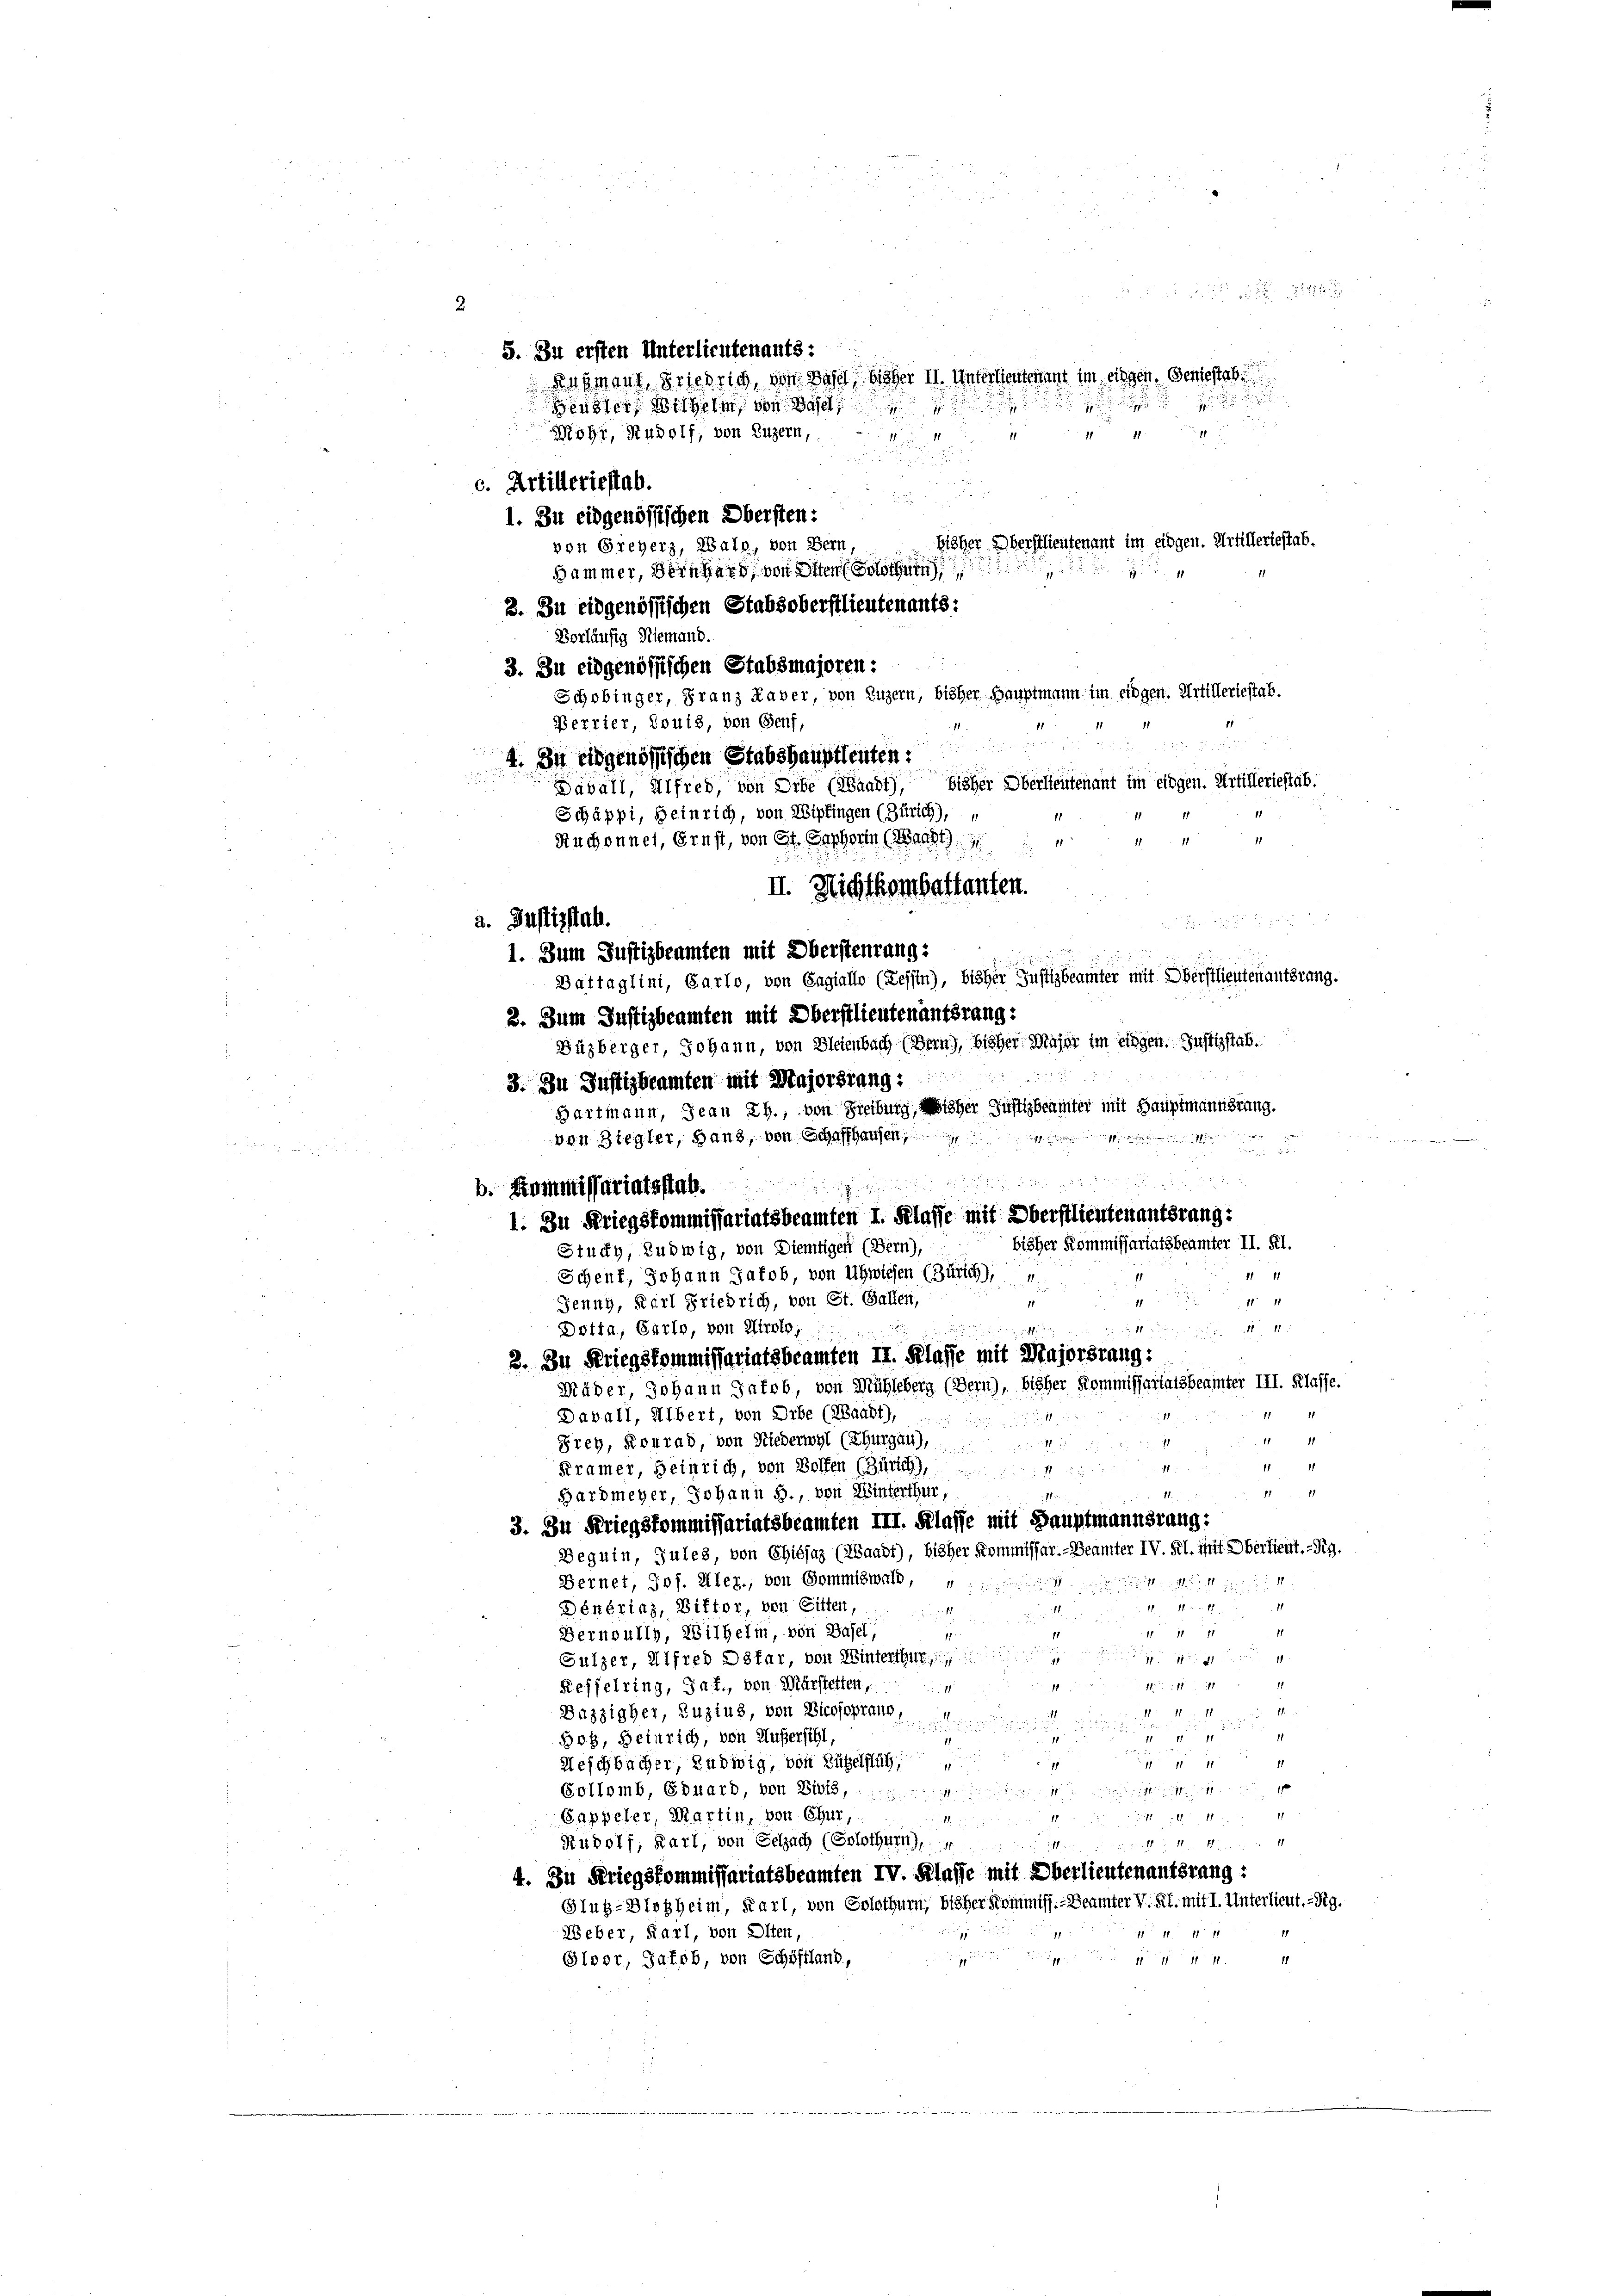
2
5. Zu ersten Unterlieutenants:
den Braut, Friedrig, der Wohl bisher II. Untertenannt im eingen, Geniessel
Heusler Wilhelm, von Basel
71
Mohr, Rudolf, von Luzern,
e
c. Artilleriestab.

1. Zu eidgenössischen Obersten:
bisher Oberstlieutenant im eidgen. Artillertestab.
von Greyerz, Wals, von Bern,
4
Hammer, Bernhard, von Osten Solothurn,
3. Zu eidgenössischen Stabsoberstlieutenants:
Vorläufig Niemand.
3. Zu eidgenössischen Stabsmajoren:
Schobinger, Franz Haber, von Luzern, bisher Hauptmann im eidgen. Artilleriestat.
Perrier, Jouis, von Genf,

4. In eidgenössischen Stabshauptleuten.
Davall, Alfred, von Orbe (Waadt) bisher Oberlieutenant im eingen. Artilleriestab.
11
Schäppi, Heinrich, von Wipfingen (Zürich), u

d
Ruchonnet, ernst, von er Gescherin (Markt
II. Nichtkombettanten.

1. Zum Justizbeamten mit Obersteurung:
Battaglini, Carlo, von Gagiallo (Tessin, bisher Justizbeamter mit Oberstlieutenantsrang.
2. Zum Justizbeamten mit Oberstlieutenantsrang:
Büzberger, Johann, von Bleienbach. (Bern), bisher Major im eingen. Justizstab
3. In Justizbeamten mit Majorsrang:
Hartmann, Jean Rh., von Freiburg, bisher Justizbeämter mit Hauptmannstung.
e
von Stegler, Hand, von Schaffhausen
vor d

b. Kommissariatsstab.
1. Zu Kriegskommissariatsbeamten I. Klasse mit Oberstlieutenantsrang:
bisher Kommissariatsbeamter II. Kl.
Stucky, Ludwig, von Diemtigen (Bern),
1111
Schenf, Johann Jakob, von Uhwiesen (Zürich), u
1111
Jenny, Karl Friedrich, von St. Gallen,
1

11. 11
d. M.
Dotta, Garte, von Airolo,
2. In Kriegskommissariatsbeamten II. Klasse mit Majorsrang:
Müder, Johann Jacob, von Mühleberg (Bern), bisher Kommissariatsberinter III. Klasse.
Davall, Albert, von Erbe (Waadt),
1111

1111
f
Prey, Konrad, von Niederwyl (Thurgau),
¬
Kramer, Heinrich, von Bolfen (Zürich),
2
Hardmeyer, Johann §., von Winterthur,
11
11.
3. Zu Kriegskommissariatsbeamten III. Klasse mit Hauptmannsrang:
Beguin, Jules, von Chiésaz (Waadt), bisher Kommissar.- Beamter IV. Kl. mit Oberdient.-Rg.
Bernet, Jos. Aller, von Sommenen, eine
1
Dénérias, Bitter, von Sitten,
Pr
sricht de land zu
11 11 11
1
Bernoully, Wilhelm, von Basel,
17
9
Gulzer, Alfred Oster, von Hinterthur

Reffelring, Jaf., von Mürstetten,
1
4
1
Bazzigher, Zuzius, von Bicosopraun

g
Bos, Heinrich, von Außersihl,
11
Weschbächer, Ludwig, von Hügel fuh
1
Sollomb, Eduard, von Biels, wir
Sappeler, Martin, von Chur,
.
Rudolf, Karl, von Selzach (Solothurn,

4. Zu Kriegskommissariatsbeamten IV. Klasse mit Oberlieutenantsrang:
Glug-Blosheim, Karl, von Solothurn, bisher Kommiss. - Beamter V. Kl. mit I. Unterlieut. - Rg.

 11. 1171
Weber, Karl, von Olten,
dung und er
1
14
Gloor, Jakob, von Schöffland,

a. Justizstab.